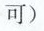
可）